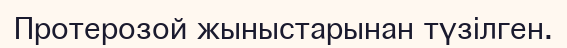
Протерозой жыныстарынан түзілген.